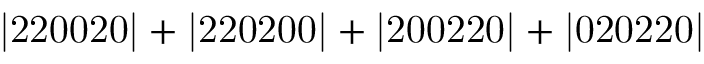
\mathrm { | 2 2 0 0 2 0 | + | 2 2 0 2 0 0 | + | 2 0 0 2 2 0 | + | 0 2 0 2 2 0 | }